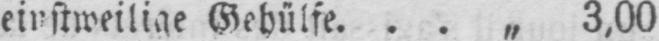
einstweilige Gehülfe ... „ 3,00